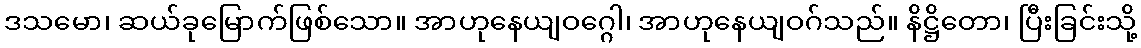
ဒသမော၊ ဆယ်ခုမြောက်ဖြစ်သော။ အာဟုနေယျဝဂ္ဂေါ၊ အာဟုနေယျဝဂ်သည်။ နိဋ္ဌိတော၊ ပြီးခြင်းသို့